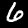
Label: 6